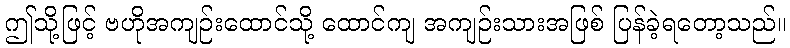
ဤသို့ဖြင့် ဗဟိုအကျဉ်းထောင်သို့ ထောင်ကျ အကျဉ်းသားအဖြစ် ပြန်ခဲ့ရတော့သည်။